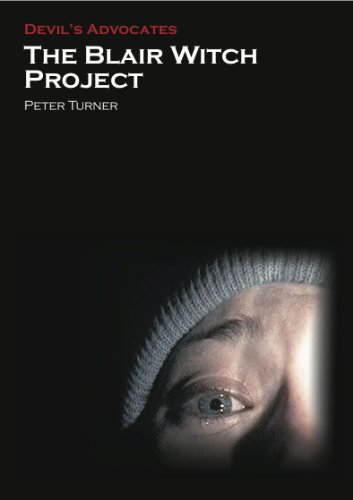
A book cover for The Blair Witch Project (Devil's Advocates); Peter Turner; Humor & Entertainment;